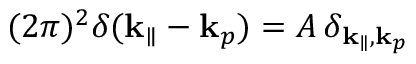
( 2 \pi ) ^ { 2 } \delta ( { \bf k } _ { \parallel } - { \bf k } _ { p } ) = A \, \delta _ { { \bf k } _ { \parallel } , { \bf k } _ { p } }